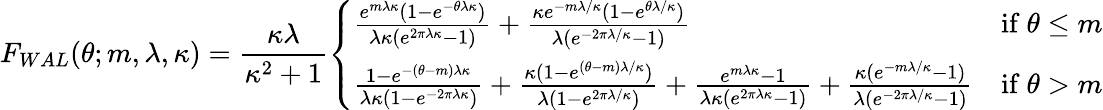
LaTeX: F_{WAL}(\theta;m,\lambda,\kappa)={\frac{\kappa\lambda}{\kappa^{2}+1}}{\left\{ \begin{array}{ll}{{\frac{e^{m\lambda\kappa}(1-e^{-\theta\lambda\kappa})}{\lambda\kappa(e^{2\pi\lambda\kappa}-1)}}+{\frac{\kappa e^{-m\lambda/\kappa}(1-e^{\theta\lambda/\kappa})}{\lambda(e^{-2\pi\lambda/\kappa}-1)}}}&{{\mathrm{if~}}\theta\leq m}\\ {{\frac{1-e^{-(\theta-m)\lambda\kappa}}{\lambda\kappa(1-e^{-2\pi\lambda\kappa})}}+{\frac{\kappa(1-e^{(\theta-m)\lambda/\kappa})}{\lambda(1-e^{2\pi\lambda/\kappa})}}+{\frac{e^{m\lambda\kappa}-1}{\lambda\kappa(e^{2\pi\lambda\kappa}-1)}}+{\frac{\kappa(e^{-m\lambda/\kappa}-1)}{\lambda(e^{-2\pi\lambda/\kappa}-1)}}}&{{\mathrm{if~}}\theta>m}\end{array}\right.}